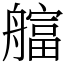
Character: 䒇